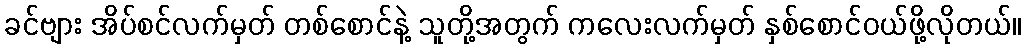
ခင်ဗျား အိပ်စင်လက်မှတ် တစ်စောင်နဲ့ သူတို့အတွက် ကလေးလက်မှတ် နှစ်စောင်ဝယ်ဖို့လိုတယ်။